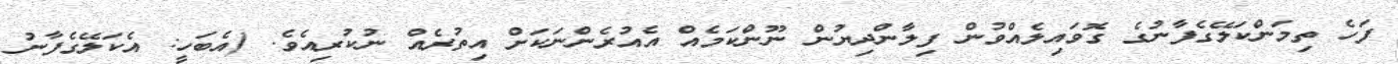
ފަހެ ތިމަންކަލޭގެފާނުގެ ގޮވައިލެއްވުން ފިލާންދިޔުން ނޫންކަމެއް އެއުރެެންނަކަށް އިތުރެއް ނުކުރިއެވެ. (އެބަހީ: އެކަލޭގެފާނު